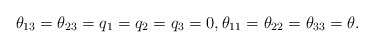
\begin{align*} \theta_{13} = \theta_{23} = q_1 = q_2 = q_3 = 0, \theta_{11} = \theta_{22} = \theta_{33} = \theta.\end{align*}